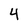
Character: 4